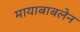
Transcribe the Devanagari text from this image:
मायाबाबलेन